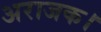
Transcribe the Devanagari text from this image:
अराजक।